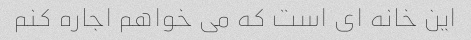
این خانه ای است که می خواهم اجاره کنم